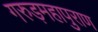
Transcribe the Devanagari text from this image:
गरुड़महापुराण